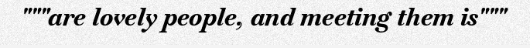
"""are lovely people, and meeting them is"""